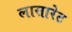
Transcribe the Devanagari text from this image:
लासारेट